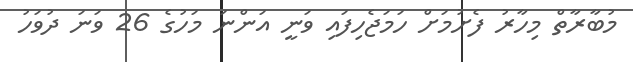
މުބާރާތް މިހާރު ފެށުމަށް ހަމަޖެހިފައި ވަނީ އަންނަ މަހުގެ 26 ވަނަ ދުވަހު